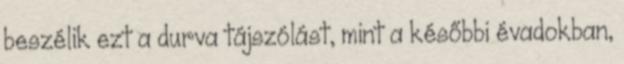
beszélik ezt a durva tájszólást, mint a későbbi évadokban,